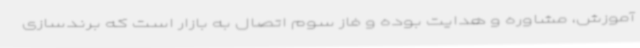
آموزش، مشاوره و هدایت بوده و فاز سوم اتصال به بازار است که برندسازی